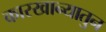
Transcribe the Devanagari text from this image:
कारखान्यातुन